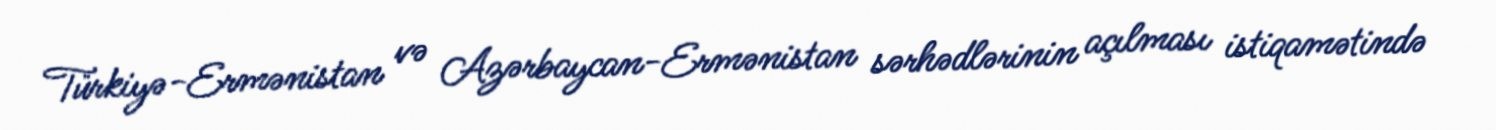
Türkiyə-Ermənistan və Azərbaycan-Ermənistan sərhədlərinin açılması istiqamətində